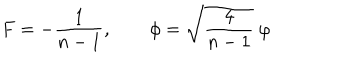
F = - \frac 1 { n - 1 } , \qquad \phi = \sqrt { \frac 4 { n - 1 } } \ \varphi